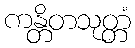
ကန္တိတသုတ္တံ